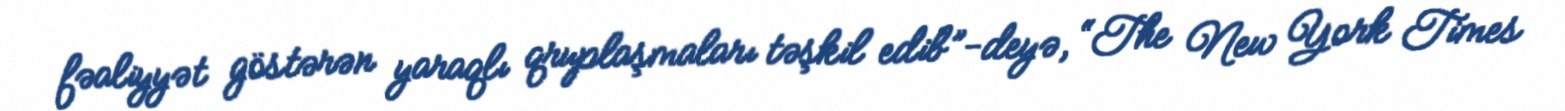
fəaliyyət göstərən yaraqlı qruplaşmaları təşkil edib”-deyə, “The New York Times